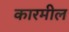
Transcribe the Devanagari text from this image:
कारमील